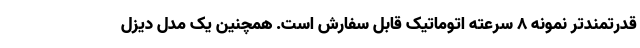
قدرتمندتر نمونه 8 سرعته اتوماتیک قابل سفارش است. همچنین یک مدل دیزل